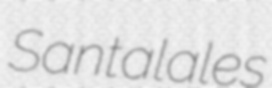
Santalales